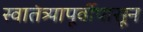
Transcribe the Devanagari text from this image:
स्वातंत्र्यापूर्वीपासून